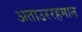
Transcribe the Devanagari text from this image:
अताउररहमान